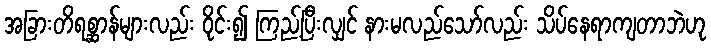
အခြားတိရစ္ဆာန်များလည်း ဝိုင်း၍ ကြည့်ပြီးလျှင် နားမလည်သော်လည်း သိပ်နေရာကျတာဘဲဟု